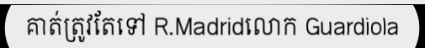
គាត់ត្រូវតែទៅ R.Madridលោក Guardiola